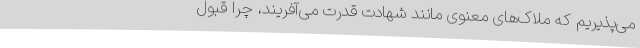
می‌پذیریم که ملاک‌های معنوی مانند شهادت قدرت می‌آفریند، چرا قبول